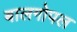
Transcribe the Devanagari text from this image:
बालगोपल